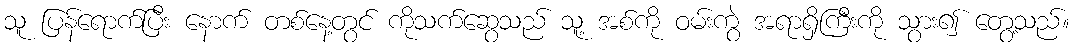
သူ ပြန်ရောက်ပြီး နောက် တစ်နေ့တွင် ကိုသက်ဆွေသည် သူ့ အစ်ကို ဝမ်းကွဲ အရာရှိကြီးကို သွား၍ တွေ့သည်။